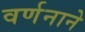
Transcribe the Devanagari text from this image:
वर्णनाने